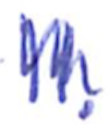
Text: II.
Cross-out: zig-zag
Writing tool: ballpoint